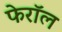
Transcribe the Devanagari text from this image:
फेरॉल